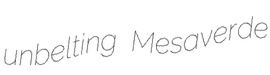
unbelting Mesaverde